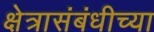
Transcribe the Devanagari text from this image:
क्षेत्रासंबंधीच्या